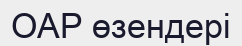
ОАР өзендері